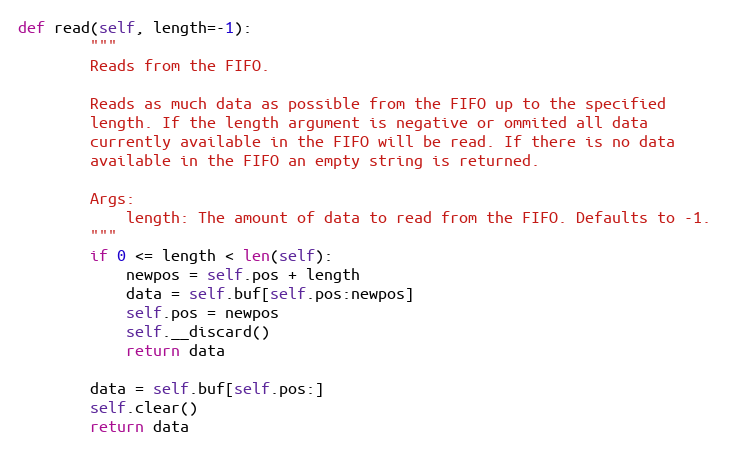
Language: Python
def read(self, length=-1):
        """
        Reads from the FIFO.

        Reads as much data as possible from the FIFO up to the specified
        length. If the length argument is negative or ommited all data
        currently available in the FIFO will be read. If there is no data
        available in the FIFO an empty string is returned.

        Args:
            length: The amount of data to read from the FIFO. Defaults to -1.
        """
        if 0 <= length < len(self):
            newpos = self.pos + length
            data = self.buf[self.pos:newpos]
            self.pos = newpos
            self.__discard()
            return data

        data = self.buf[self.pos:]
        self.clear()
        return data